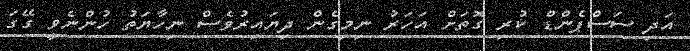
އަދި ސަސްޕެންޑް ކުރި ގޮތަށް އަހަރު ނިމިގެން ދިޔައިރުވެސް ނިހާޔަތު ހުންނެވީ ގޭގަ